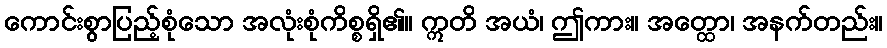
ကောင်းစွာပြည့်စုံသော အလုံးစုံကိစ္စရှိ၏။ ဣတိ အယံ၊ ဤကား။ အတ္ထော၊ အနက်တည်း။